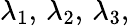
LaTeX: \lambda_{1},\, \lambda_{2},\, \lambda_{3},